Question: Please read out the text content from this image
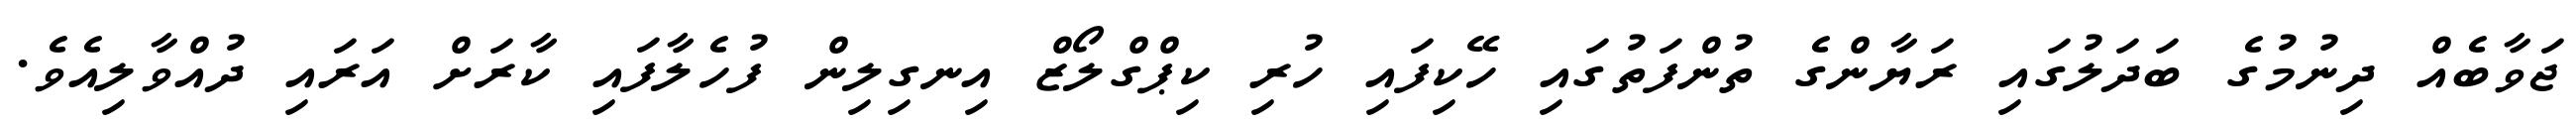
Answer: ޖަވާބެއް ދިނުމުގެ ބަދަލުގައި ރަޔާންގެ ތުންފަތުގައި ހޭކިފައި ހުރި ކިޕްގްލޯޒް އިނގިލިން ފުހެލާފައި ކާރަށް އަރައި ދުއްވާލިއެވެ.